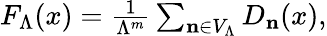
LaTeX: \begin{array}{r}{F_{\Lambda}(x)=\frac{1}{\Lambda^{m}}\sum_{\mathbf{n}\in V_{\Lambda}}D_{\mathbf{n}}(x),}\end{array}